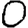
Digit: 0